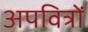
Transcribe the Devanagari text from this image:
अपवित्रों